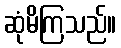
ဆုံမိကြသည်။